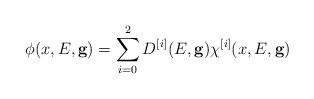
LaTeX: \begin{align*}\phi(x, E, {\bf g})= \sum_{i=0}^2 D^{[i]}(E,\mathbf{g}) \chi^{[i]}(x, E, {\bf g} )\end{align*}